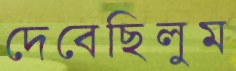
দেবেছিলুম